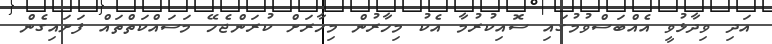
އަދި ވިދާޅުވީ އެއްބަސްވުމުގައި ސޮއިކުރުމާ އެކު މިހާރުން މިހާރަށް ކުރަންޖެހޭ މަސައްކަތްތައް ފަށައިގެން